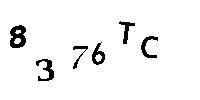
8376TC